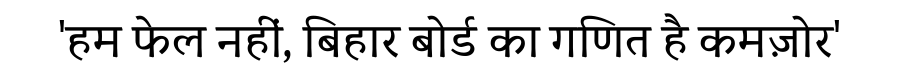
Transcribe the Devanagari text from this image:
'हम फेल नहीं, बिहार बोर्ड का गणित है कमज़ोर'